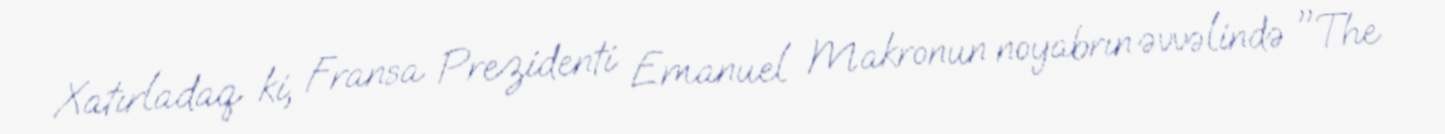
Xatırladaq ki, Fransa Prezidenti Emanuel Makronun noyabrın əvvəlində "The